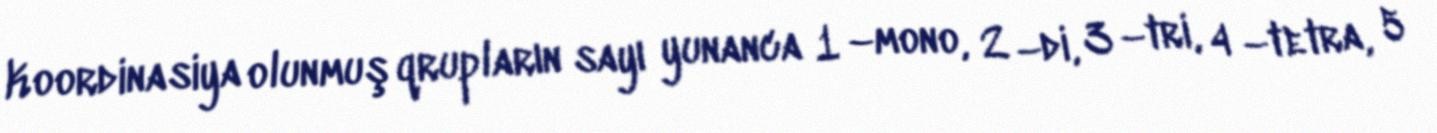
Koordinasiya olunmuş qrupların sayı yunanca 1 –mono, 2 –di, 3 –tri, 4 –tetra, 5